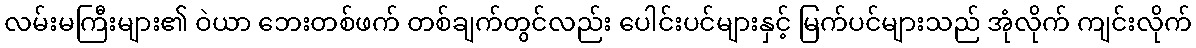
လမ်းမကြီးများ၏ ဝဲယာ ဘေးတစ်ဖက် တစ်ချက်တွင်လည်း ပေါင်းပင်များနှင့် မြက်ပင်များသည် အုံလိုက် ကျင်းလိုက်